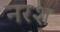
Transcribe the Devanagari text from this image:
नरश